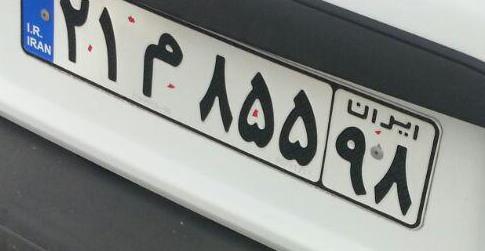
۲۱م۸۵۵۹۸